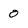
Character: 0